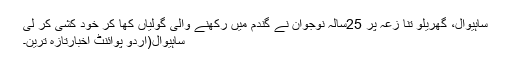
ساہیوال، گھریلو تنا زعہ پر 25سالہ نوجوان نے گندم میں رکھنے والی گولیاں کھا کر خود کشی کر لی
ساہیوال(اُردو پوائنٹ اخبارتازہ ترین۔